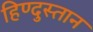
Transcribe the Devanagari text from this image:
हिण्दुस्तान